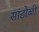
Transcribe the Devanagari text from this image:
सांडोळी